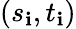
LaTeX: (s_{\mathbf{i}},t_{\mathbf{i}})